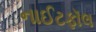
નાઈટફૉલ